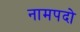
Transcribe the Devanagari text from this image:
नामपदो